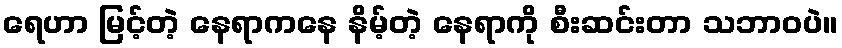
ရေဟာ မြင့်တဲ့ နေရာကနေ နိမ့်တဲ့ နေရာကို စီးဆင်းတာ သဘာဝပဲ။